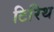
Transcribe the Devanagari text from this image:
टिरिथ